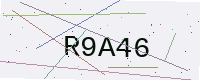
Text: R9A46